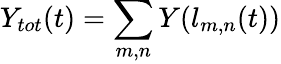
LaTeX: Y_{tot}(t)=\sum_{m,n}Y(l_{m,n}(t))